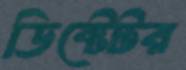
ডিক্টেটর